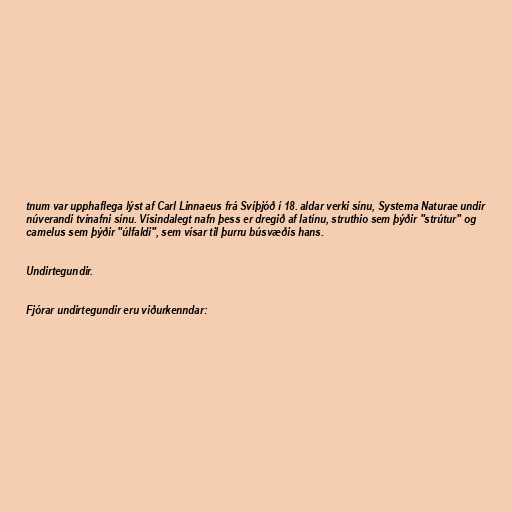
tnum var upphaflega lýst af Carl Linnaeus frá Svíþjóð í 18. aldar verki sínu, Systema Naturae undir
núverandi tvínafni sínu. Vísindalegt nafn þess er dregið af latínu, struthio sem þýðir "strútur" og
camelus sem þýðir "úlfaldi", sem vísar til þurru búsvæðis hans.

Undirtegundir.

Fjórar undirtegundir eru viðurkenndar: